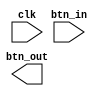
`timescale 1ns / 1ps
//////////////////////////////////////////////////////////////////////////////////
// Company: 
// Engineer: 
// 
// Design Name: 
// Module Name:    debouncer 
// Project Name: 
// Target Devices: 
// Tool versions: 
// Description: 
//
// Dependencies: 
//
// Revision: 
// Revision 0.01 - File Created
// Additional Comments: 
//
//////////////////////////////////////////////////////////////////////////////////
module debouncer(clk, btn_in, btn_out);
	input clk, btn_in;
	output btn_out;
	
	

endmodule